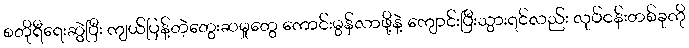
စတိုရီရေးဆွဲပြီး ကျယ်ပြန့်တဲ့တွေးဆမှုတွေ ကောင်းမွန်လာဖို့နဲ့ ကျောင်းပြီးသွားရင်လည်း လုပ်ငန်းတစ်ခုကို